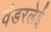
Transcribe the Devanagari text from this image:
वंडरलेई